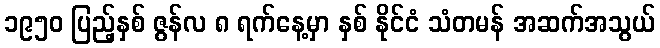
၁၉၅၀ ပြည့်နှစ် ဇွန်လ ၈ ရက်နေ့မှာ နှစ် နိုင်ငံ သံတမန် အဆက်အသွယ်